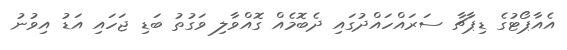
އެއާޕޯޓުގެ ޑިޕާޗާ ސަރައްހައްދުގައި ދެބޮމެއް ގޮއްވާލި ވަގުތު ބަޑި ޖަހައި އަޑު އިވުނު